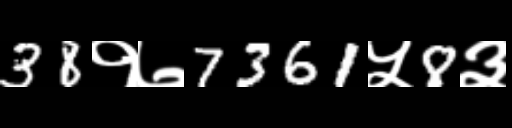
Text: 38१७7361५8३